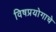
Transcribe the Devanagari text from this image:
विषप्रयोगाचे